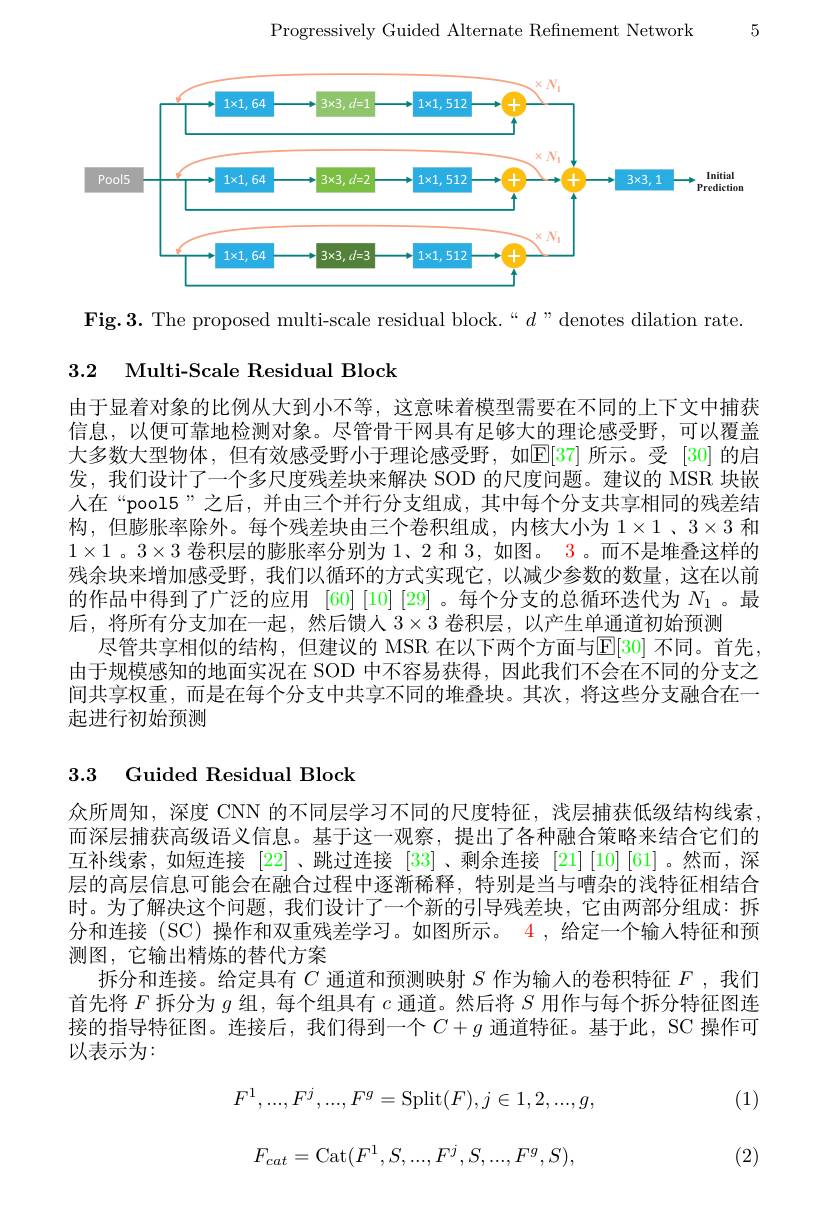
5

Progressively Guided Alternate Refinement Network

<FigureHere>

Fig.3. The proposed multi-scale residual block.“$d$”denotes dilation rate.

## 3.2 Multi-Scale Residual Block

由于显着对象的比例从大到小不等，这意味着模型需要在不同的上下文中捕获信息，以便可靠地检测对象。尽管骨干网具有足够大的理论感受野，可以覆盖大多数大型物体，但有效感受野小于理论感受野，如$\boxed{\mathrm{E}[37]}$所示。受 [30]的启发，我们设计了一个多尺度残差块来解决 SOD 的尺度问题。建议的 MSR 块嵌人在“pool5”之后，并由三个并行分支组成，其中每个分支共享相同的残差结构，但膨胀率除外。每个残差块由三个卷积组成，内核大小为$1\times1$ 、$3\times3$和$1\times1$ 。$3\times3$卷积层的膨胀率分别为 1、2 和3，如图。3。而不是堆叠这样的残余块来增加感受野，我们以循环的方式实现它，以减少参数的数量，这在以前的作品中得到了广泛的应用 [60] [10] [29] 。每个分支的总循环迭代为$N_{1}$ 。最后，将所有分支加在一起，然后馈人$3\times3$卷积层，以产生单通道初始预测
尽管共享相似的结构，但建议的 MSR 在以下两个方面与$\mathbb{E}[30]$ 不同。首先， 由于规模感知的地面实况在 SOD 中不容易获得，因此我们不会在不同的分支之间共享权重，而是在每个分支中共享不同的堆叠块。其次，将这些分支融合在一起进行初始预测

## 3.3 Guided Residual Block

众所周知，深度 CNN 的不同层学习不同的尺度特征，浅层捕获低级结构线索而深层捕获高级语义信息。基于这一观察，提出了各种融合策略来结合它们的互补线索，如短连接[22]、跳过连接 [33]、剩余连接 $[ 21] \left [ 10\right ] \left [ 61\right ]$。然而，深层的高层信息可能会在融合过程中逐渐稀释，特别是当与嘈杂的浅特征相结合时。为了解决这个问题，我们设计了一个新的引导残差块，它由两部分组成：拆分和连接(SC)操作和双重残差学习。如图所示。$\color{red}{4,\text{给定一个输人特征和预}}$ 测图，它输出精炼的替代方案
拆分和连接。给定具有$C$通道和预测映射$S$作为输人的卷积特征$F$,我们首先将$F$拆分为$g$组，每个组具有$c$通道。然后将$S$用作与每个拆分特征图连接的指导特征图。连接后，我们得到一个$C+g$通道特征。基于此，SC 操作可以表示为：

(1)
$$F^1,...,F^j,...,F^g=\mathrm{Split}(F),j\in1,2,...,g,$$
$$F_{cat}=\mathrm{Cat}(F^1,S,...,F^j,S,...,F^g,S),$$
(2)